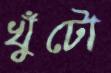
খুঁটো